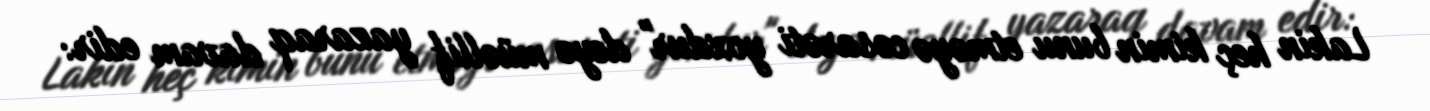
Lakin heç kimin bunu etməyə cəsarəti yoxdur" deyə müəllif yazaraq davam edir: